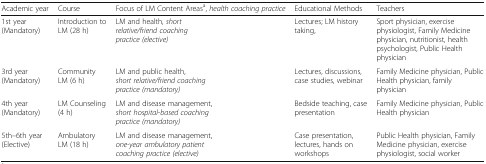
<table><thead><tr><td><b>Academic year</b></td><td><b>Course</b></td><td><b>Focus of LM Content Areas<sup>a</sup>, <i>health coaching practice</i></b></td><td><b>Educational Methods</b></td><td><b>Teachers</b></td></tr></thead><tbody><tr><td>1st year (Mandatory)</td><td>Introduction to LM (28 h)</td><td>LM and health<i>, short relative/friend coaching practice (elective)</i></td><td>Lectures; LM history taking,</td><td>Sport physician, exercise physiologist, Family Medicine physician, nutritionist, health psychologist, Public Health physician</td></tr><tr><td>3rd year (Mandatory)</td><td>Community LM (6 h)</td><td>LM and public health, <i>short relative/friend coaching practice (mandatory)</i></td><td>Lectures, discussions, case studies, webinar</td><td>Family Medicine physician, Public Health physician, family physician</td></tr><tr><td>4th year (Mandatory)</td><td>LM Counseling (4 h)</td><td>LM and disease management, <i>short hospital-based coaching practice (mandatory)</i></td><td>Bedside teaching, case presentation</td><td>Family Medicine physician, Public Health physician</td></tr><tr><td>5th–6th year (Elective)</td><td>Ambulatory LM (18 h)</td><td>LM and disease management, <i>one-year ambulatory patient coaching practice (elective)</i></td><td>Case presentation, lectures, hands on workshops</td><td>Public Health physician, Family Medicine physician, exercise physiologist, social worker</td></tr></tbody></table>